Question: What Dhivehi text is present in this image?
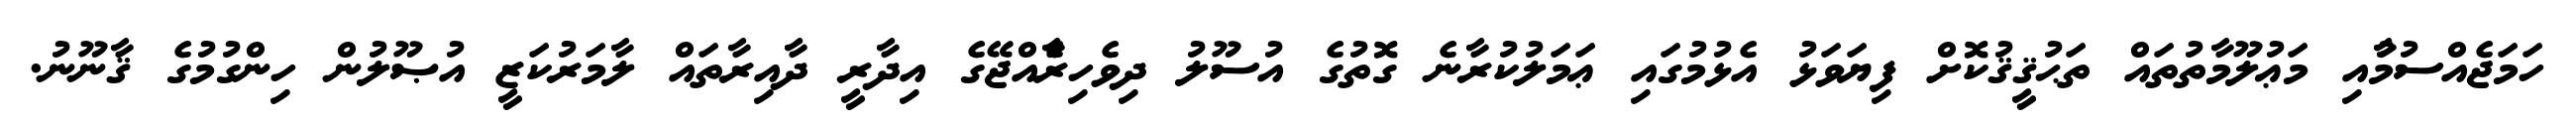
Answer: ހަމަޖެއްސުމުާއި މަޢުލޫމާތުތައް ތަޙުޤީޤުކޮށް ފިޔަވަޅު އެޅުމުގައި ޢަމަލުކުރާނެ ގޮތުގެ އުސޫލު ދިވެހިރާެއްޖޭގެ އިދާރީ ދާއިރާތައް ލާމަރުކަޒީ އުޞޫލުން ހިންގުމުގެ ޤާނޫނު.